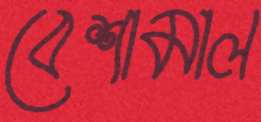
বেশামাল